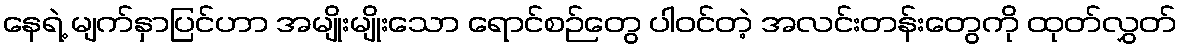
နေရဲ့ မျက်နှာပြင်ဟာ အမျိုးမျိုးသော ရောင်စဉ်တွေ ပါဝင်တဲ့ အလင်းတန်းတွေကို ထုတ်လွှတ်